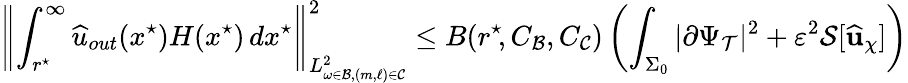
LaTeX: \left\lVert\int_{r^{\star}\! }^{\infty}{\widehat{u}}_{out}(x^{\star})H(x^{\star})\, dx^{\star}\right\rVert_{L_{\omega\in\mathcal{B},(m,\ell)\in\mathcal{C}}^{2}}^{2}\leq B(r^{\star}\! ,C_{\mathcal{B}},C_{\mathcal{C}})\left(\int_{\Sigma_{0}}|\partial\Psi_{\mathcal{T}}|^{2}+\varepsilon^{2}\mathcal{S}[\widehat{\mathbf{u}}_{\chi}]\right)